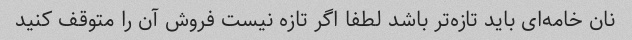
نان خامه‌ای باید تازه‌تر باشد لطفا اگر تازه نیست فروش آن را متوقف کنید